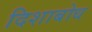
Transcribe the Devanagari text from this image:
दिशाबोध